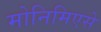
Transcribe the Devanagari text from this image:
मोनिमिएसे